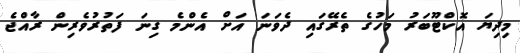
މިދިޔަ އޮކްޓޫބަރު މަހުގެ ތެރޭގައި ދެވަނަ އަށް އެންމެ ގިނަ ފަތުރުވެރިން ރާއްޖެ